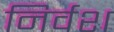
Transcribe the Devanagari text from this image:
निर्वश